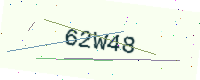
Text: 62W48